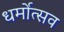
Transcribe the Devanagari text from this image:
धर्मोत्सव